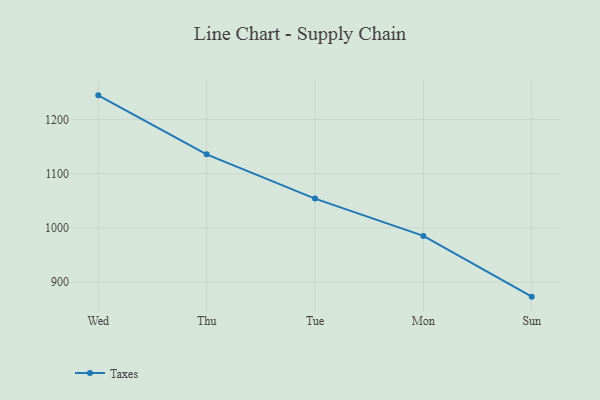
{"axis": {"x": "Day", "y": "Satisfaction Score"}, "legend": ["Taxes"], "data": [{"x": "Wed", "y": 1244.2, "type": "Taxes"}, {"x": "Thu", "y": 1135.5, "type": "Taxes"}, {"x": "Tue", "y": 1054.0, "type": "Taxes"}, {"x": "Mon", "y": 985.2, "type": "Taxes"}, {"x": "Sun", "y": 873.3, "type": "Taxes"}]}